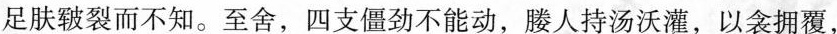
足肤皲裂而不知。至舍，四支僵劲不能动，媵人持汤沃灌，以衾拥覆，